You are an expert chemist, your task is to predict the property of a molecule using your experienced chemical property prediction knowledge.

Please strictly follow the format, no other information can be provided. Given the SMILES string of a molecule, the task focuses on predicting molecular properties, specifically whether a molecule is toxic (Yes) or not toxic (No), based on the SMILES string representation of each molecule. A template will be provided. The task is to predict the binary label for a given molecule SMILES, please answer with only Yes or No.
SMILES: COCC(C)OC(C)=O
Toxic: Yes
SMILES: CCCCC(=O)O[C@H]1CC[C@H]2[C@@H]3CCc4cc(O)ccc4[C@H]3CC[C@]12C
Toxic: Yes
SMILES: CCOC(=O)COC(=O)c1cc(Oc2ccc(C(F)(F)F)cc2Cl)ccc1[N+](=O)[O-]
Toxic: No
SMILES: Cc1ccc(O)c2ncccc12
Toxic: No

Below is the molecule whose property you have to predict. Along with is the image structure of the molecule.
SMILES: Cc1cc(C)cc(C)c1
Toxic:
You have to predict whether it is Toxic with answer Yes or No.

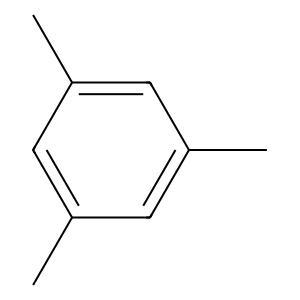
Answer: Yes